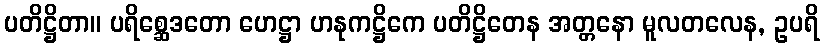
ပတိဋ္ဌိတာ။ ပရိစ္ဆေဒတော ဟေဋ္ဌာ ဟနုကဋ္ဌိကေ ပတိဋ္ဌိတေန အတ္တနော မူလတလေန, ဥပရိ